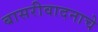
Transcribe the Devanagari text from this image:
बासरीवादनाचे